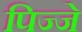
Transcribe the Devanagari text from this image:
पिज्जे